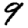
Digit: 9